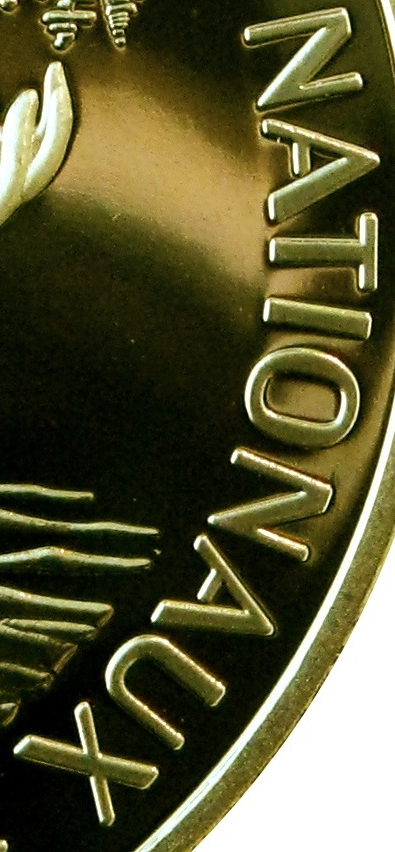
NATIONAUX